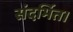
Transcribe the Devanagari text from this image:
संदर्भित।